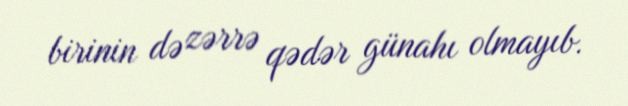
birinin də zərrə qədər günahı olmayıb.